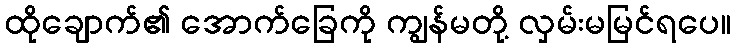
ထိုချောက်၏ အောက်ခြေကို ကျွန်မတို့ လှမ်းမမြင်ရပေ။